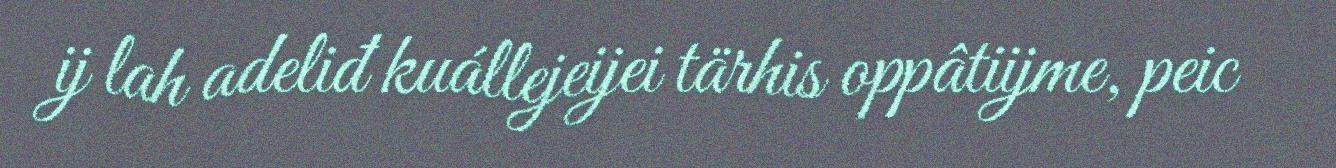
ij lah adeliđ kuállejeijei tärhis oppâtiijme, peic